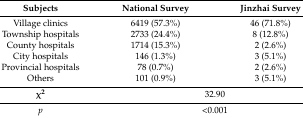
<table><thead><tr><td><b>Subjects</b></td><td><b>National Survey</b></td><td><b>Jinzhai Survey</b></td></tr></thead><tbody><tr><td>Village clinics</td><td>6419 (57.3%)</td><td>46 (71.8%)</td></tr><tr><td>Township hospitals</td><td>2733 (24.4%)</td><td>8 (12.8%)</td></tr><tr><td>County hospitals</td><td>1714 (15.3%)</td><td>2 (2.6%)</td></tr><tr><td>City hospitals</td><td>146 (1.3%)</td><td>3 (5.1%)</td></tr><tr><td>Provincial hospitals</td><td>78 (0.7%)</td><td>2 (2.6%)</td></tr><tr><td>Others</td><td>101 (0.9%)</td><td>3 (5.1%)</td></tr><tr><td><b>χ<sup>2</sup></b></td><td colspan="2">32.90</td></tr><tr><td><i>p</i></td><td colspan="2">&lt;0.001</td></tr></tbody></table>